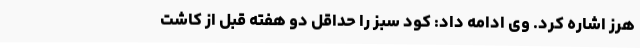
هرز اشاره کرد. وی ادامه داد: کود سبز را حداقل دو هفته قبل از کاشت